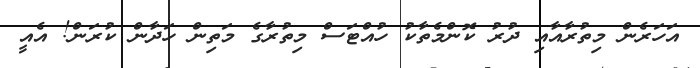
އަހަރެން މިތުރާއާއި ދުރު ކޮންމެތާކު ހުއްޓަސް މިތުރާގެ މަތިން ހަދާން ކުރަން! އެއީ